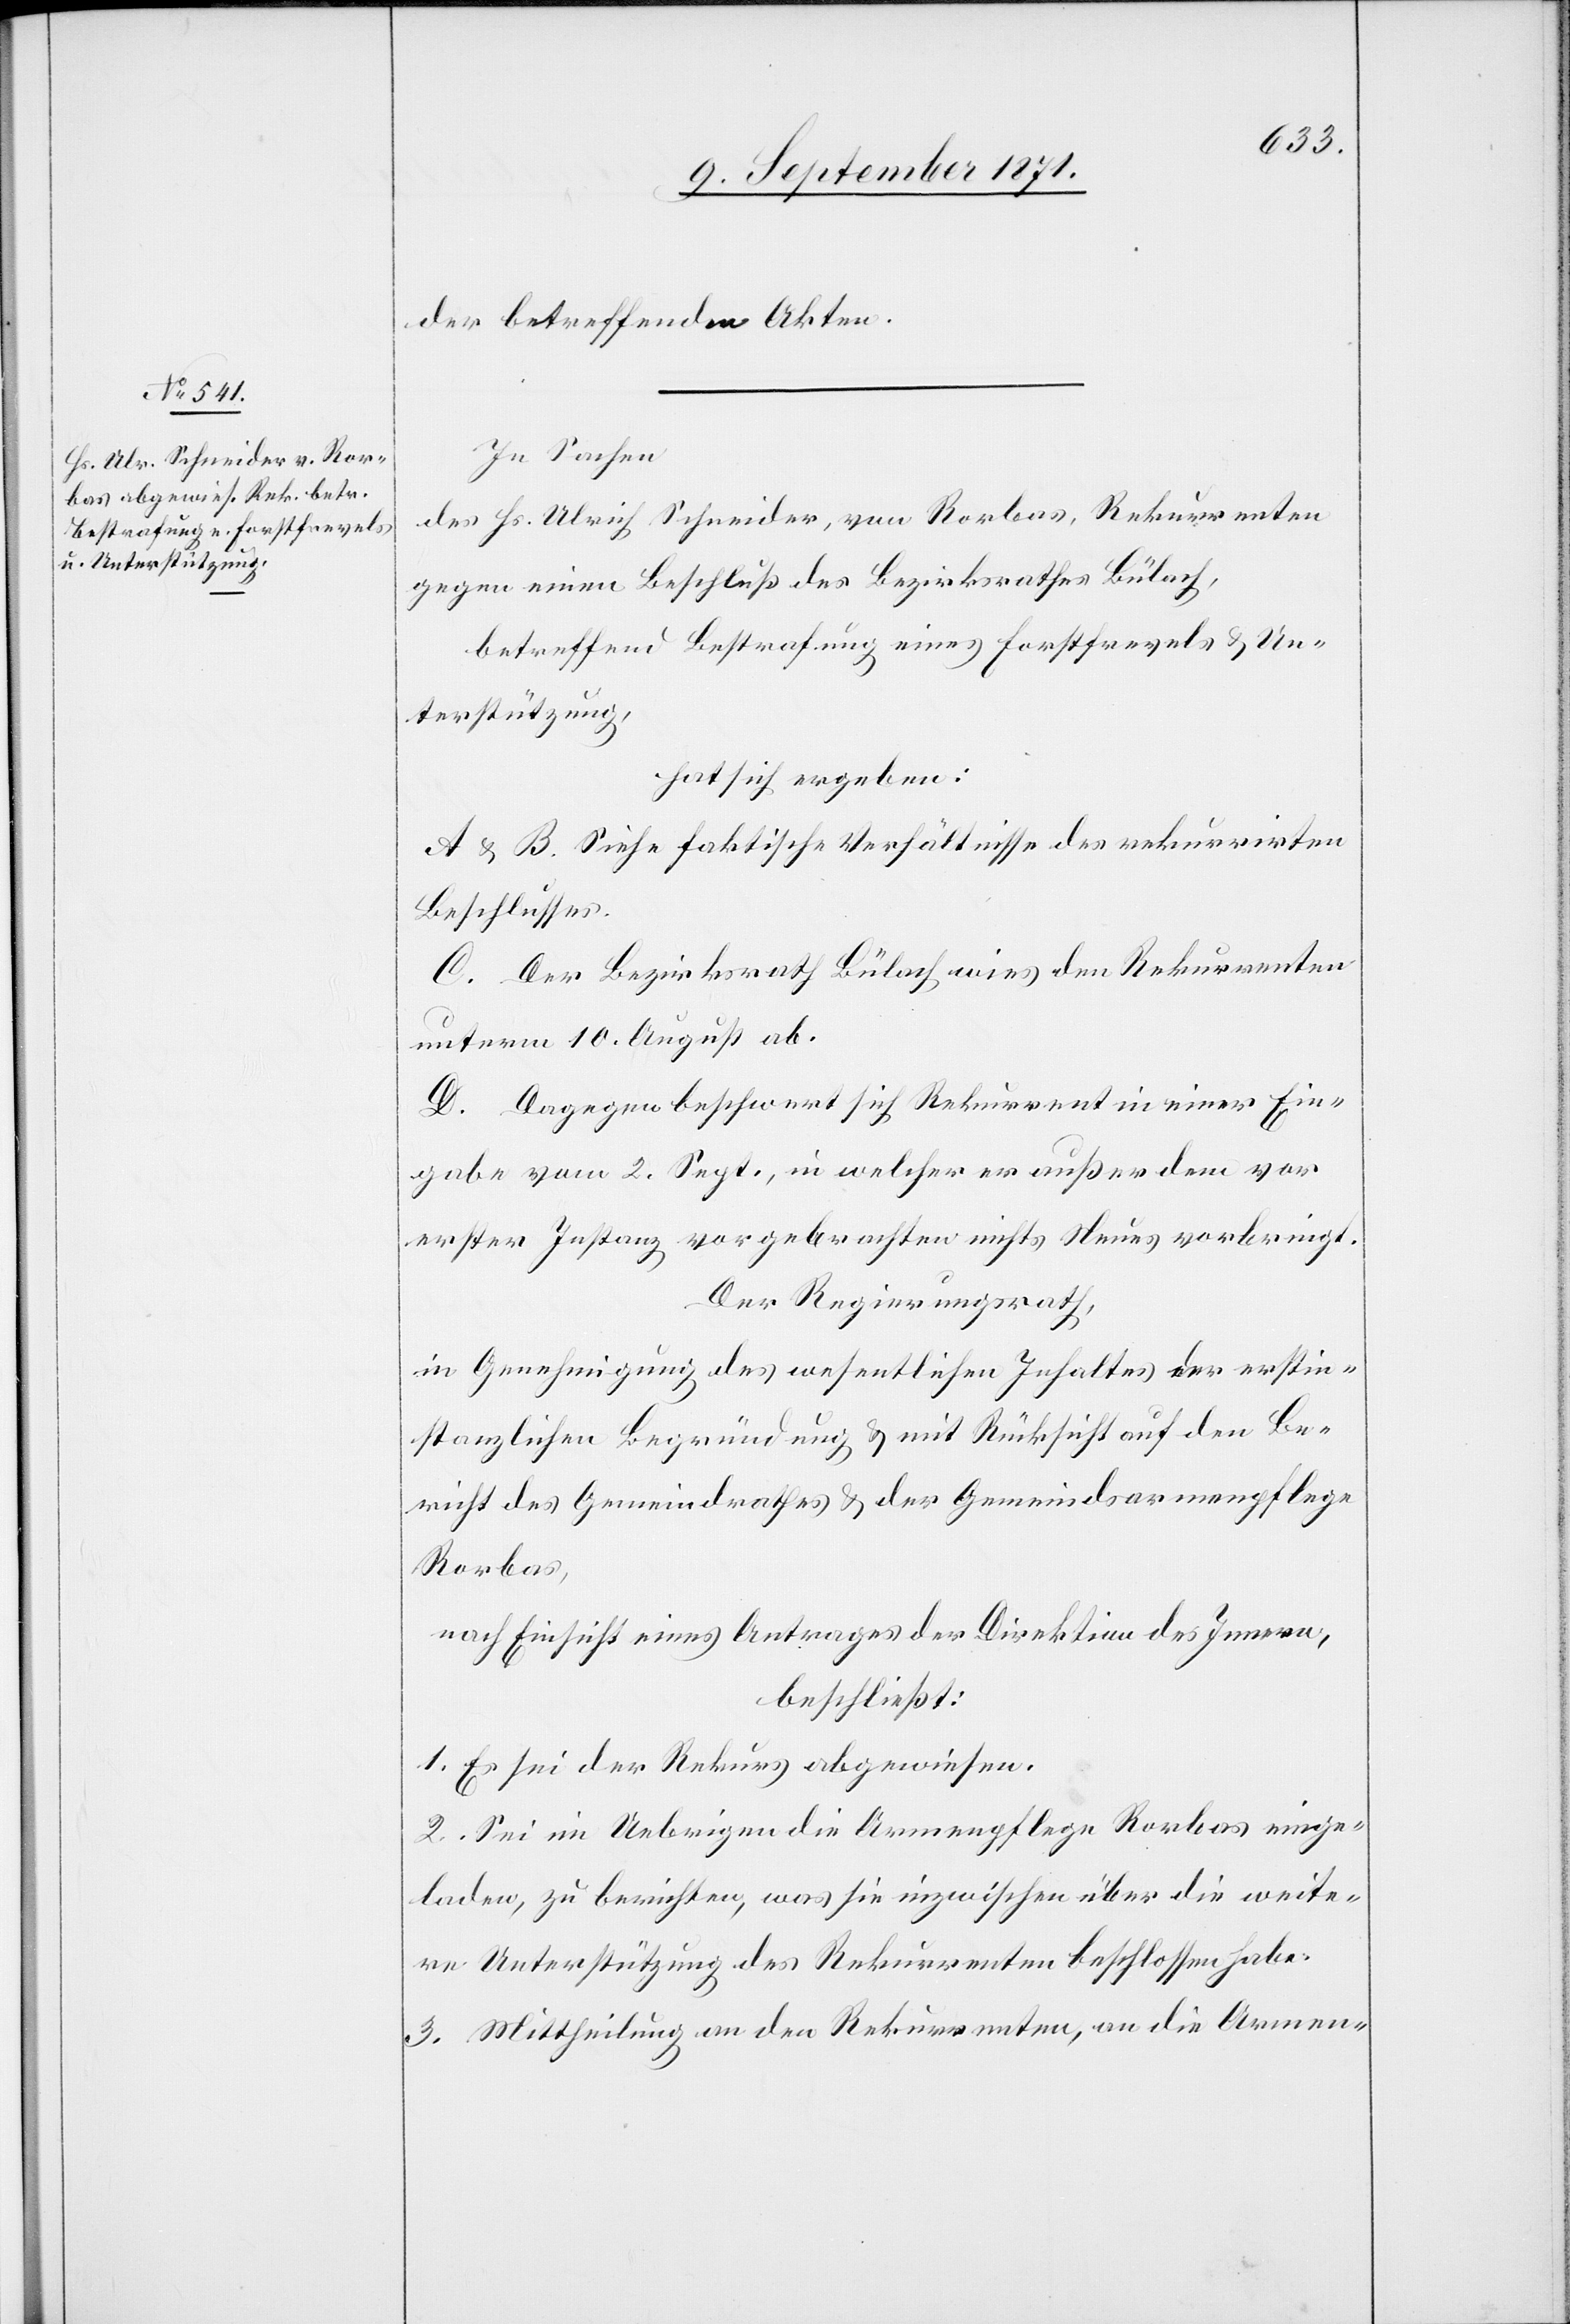
der betreffenden Akten.
In Sachen
des Hr. Ulrich Schneider, von Rorbas, Rekurrenten
gegen einen Beschluß des Bezirksrathes Bülach,
betreffend Bestrafung eines Forstfrevels & Un¬
terstützung
hat sich ergeben:
A & B. Siehe faktische Verhältnisse des rekurrirten
Beschlusses.
C. Der Bezirksrath Bülach wies den Rekurrenten
unterm 10. August ab.
D. Dagegen beschwert sich Rekurrent in einer Ein¬
gabe vom 2. Sept., in welcher er außer dem vor
erster Instanz vorgebrachten nichts Neues vorbringt.
Der Regierungsrath,
in Genehmigung des wesentlichen Inhaltes der erstin¬
stanzlichen Begründung & mit Rücksicht auf den Be¬
richt des Gemeindrathes & der Gemeindsarmenpflege
Rorbas,
nach Einsicht eines Antrages der Direktion des Innern,
beschließt:
1. Es sei der Rekurs abgewiesen.
2. Sei in Uebringen die Armenpflege Rorbas einzu¬
laden, zu berichten, was sie inzwischen über die weite¬
re Unterstützung des Rekurrenten beschlossen habe.
3. Mittheilung an den Rekurrenten, an die Armen-